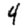
Digit: 4